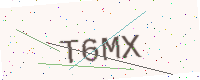
Text: T6MX